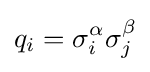
q_{i}=\sigma _{i}^{\alpha }\sigma _{j}^{\beta }